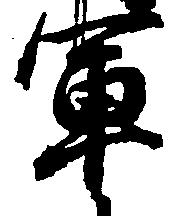
軍